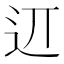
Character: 䢋